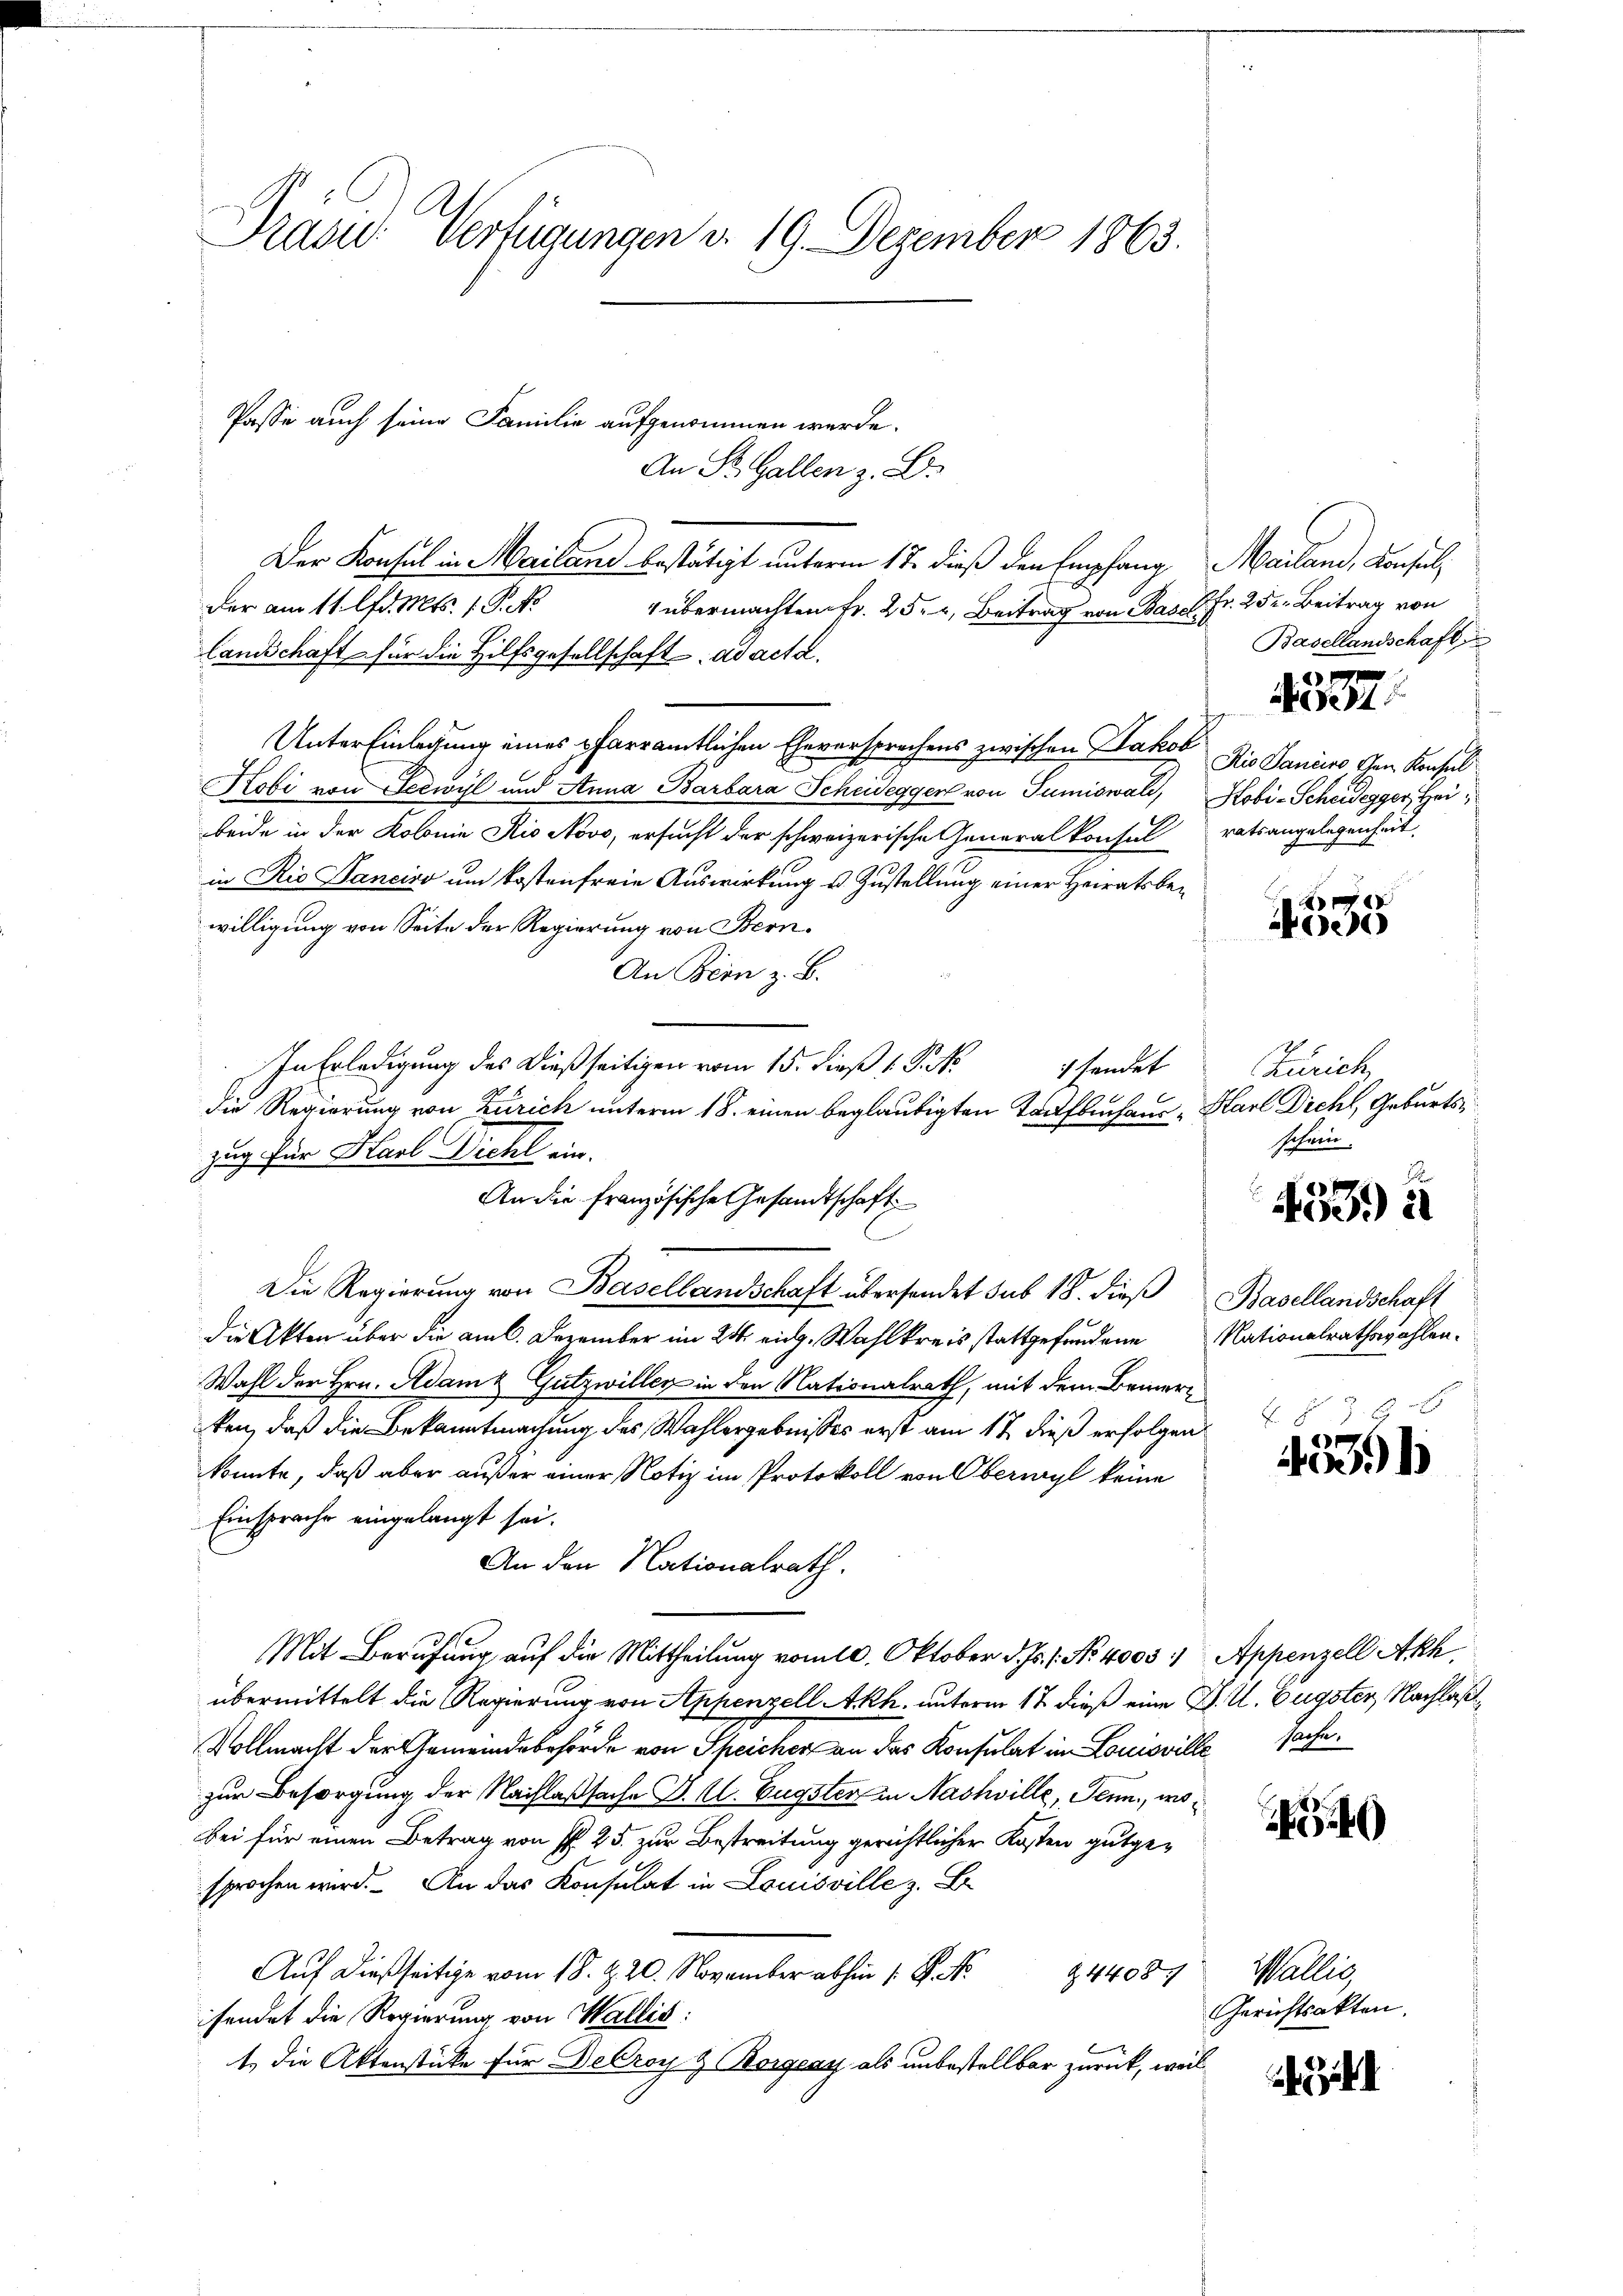
Präsid.- Verfügungen d. 19. Dezember 1863.

An St. Gallen z. B.
Der Konsul in Mailand bestätigt unterm 17. dieß den Empfang Mailand, Konsulder am 11. lfd. Mts. 1. P. M.
 übermachten Fr. 25. Beitrag von Basel. Fr. 252. Beitrag von
lamschaft für die Hilfsgesellschaft ad acta.
Unter Einlegung eines pfarramtlichen Eheversprechens zwischen Jakob Die Daniere dem Konseil
Hobi von Seewyl und Anna Barbara Scheweggen von Tumiswald, Kobi-Scheidegger, Heibeide in der Kolonie Rio Novo, ersucht der schweizerische Generalkonsulratsangelegenheit,
in Rio Sanciso um kostenfreie Auswirkung u. Zustellung einer Heiratsbewilligung von Seite der Regierung von Bern.
An Bern z. B.
In Erledigung des dießseitigen vom 15. dieß 1. P. Nr.
schendet
 6
die Regierung von Zürich unterm 18. einen beglaubigten Taufbehaus "Harl Dichl, Geburtszug für Karl Dicht ein.
An die französische Gesandtschaft
Die Regierung von Basellandschaft übersendet sub 18. dieβ Basellandschaft
die Akten über die am 6. Dezember im 24. eidg. Wahlkreis stattgefundene Nationalrathswahlen¬
Wahl der Hrn. Adam Gutzwillen in den Nationalrath, mit dem Bemerken, daß die Bekanntmachung des Wahlergebnisses erst am 12. dieß erfolgen
konnte, daß aber außer einer Notiz im Protokoll von Oberwyl keine
Einsprache eingelangt sei.
An den Nationalrath.
Mit Berufung auf die Mittheilung vom 10. Oktober d. Js. 1. No. 4005. Appenzell Akh.
übermittelt die Regierung von Appenzell Akh. unterm 17. dieß eine J. U. Eugster, Nachlaß¬
Vollmacht der Gemeindebehörde von Speicher an das Konsulat im Louisville sache
zur Besorgung der Nachlaßsache P. C. Eugster in Nashville, Senn, wobei für einen Betrag von P. 25. zur Bestreitung gerichtlicher Kosten gutgesprochen wird. An das Konsulat in Louisville z. B
Auf dießseitige vom 18. Z. 20. November abhin 1. P. Nr.
Z. 4408
fendet die Regierung von Wallis:
t. die Aktenstücke für Decroy & Borgezy als unbestellbar zurück, weil

Pässe auch seine Familie aufgenommen werde.

Basellandschaft
27
Siehe d

A
e

Zürich,
schein.

4339 à

E
6
No1

2

Wallis,
Gerichtsakten.